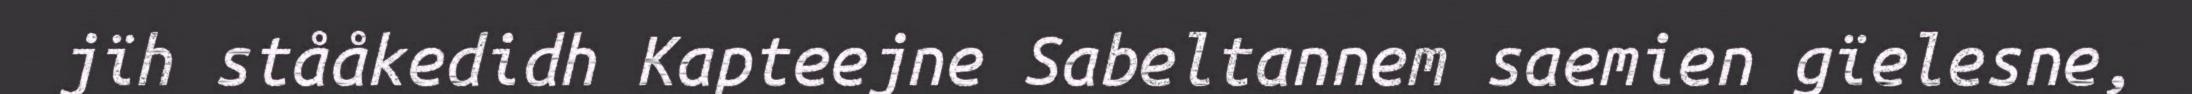
jïh stååkedidh Kapteejne Sabeltannem saemien gïelesne,